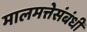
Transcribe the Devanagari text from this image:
मालमत्तेसंबंधी